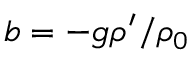
b = - g \rho ^ { \prime } / \rho _ { 0 }